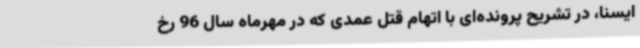
ایسنا، در تشریح پرونده‌ای با اتهام قتل عمدی که در مهرماه سال 96 رخ